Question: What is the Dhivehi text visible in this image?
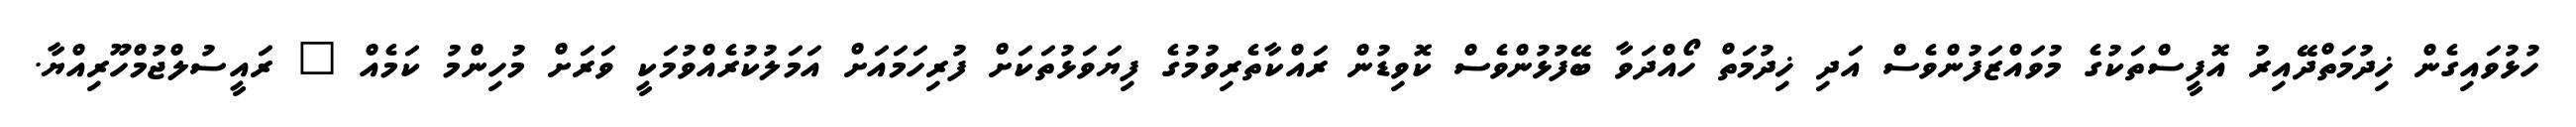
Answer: ހުޅުވައިގެން ޚިދުމަތްދޭއިރު އޮފީސްތަކުގެ މުވައްޒަފުންވެސް އަދި ޚިދުމަތް ހޯއްދަވާ ބޭފުޅުންވެސް ކޮވިޑުން ރައްކާތެރިވުމުގެ ފިޔަވަޅުތަކަށް ފުރިހަމައަށް އަމަލުކުރެއްވުމަކީ ވަރަށް މުހިންމު ކަމެއް " ރައީސުލްޖުމްހޫރިއްޔާ.